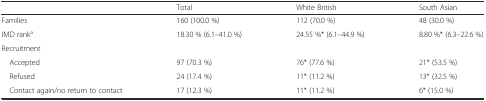
|  | Total | White British | South Asian |
 | --- | --- | --- | --- |
 | Families | 160 (100.0 %) | 112 (70.0 %) | 48 (30.0 %) |
 | IMD ranka | 18.30 % (6.1–41.0 %) | 24.55 %* (6.1–44.9 %) | 8.80 %* (6.3–22.6 %) |
 | <COLSPAN=4> Recruitment |
 | Accepted | 97 (70.3 %) | 76* (77.6 %) | 21* (53.5 %) |
 | Refused | 24 (17.4 %) | 11* (11.2 %) | 13* (32.5 %) |
 | Contact again/no return to contact | 17 (12.3 %) | 11* (11.2 %) | 6* (15.0 %) |